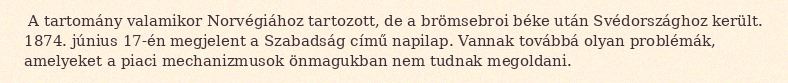
A tartomány valamikor Norvégiához tartozott, de a brömsebroi béke után Svédországhoz került. 1874. június 17-én megjelent a Szabadság című napilap. Vannak továbbá olyan problémák, amelyeket a piaci mechanizmusok önmagukban nem tudnak megoldani.